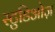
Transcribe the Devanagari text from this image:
स्टुडिओज़